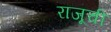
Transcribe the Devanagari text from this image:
राजूची